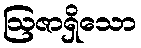
ဩဇာရှိသော